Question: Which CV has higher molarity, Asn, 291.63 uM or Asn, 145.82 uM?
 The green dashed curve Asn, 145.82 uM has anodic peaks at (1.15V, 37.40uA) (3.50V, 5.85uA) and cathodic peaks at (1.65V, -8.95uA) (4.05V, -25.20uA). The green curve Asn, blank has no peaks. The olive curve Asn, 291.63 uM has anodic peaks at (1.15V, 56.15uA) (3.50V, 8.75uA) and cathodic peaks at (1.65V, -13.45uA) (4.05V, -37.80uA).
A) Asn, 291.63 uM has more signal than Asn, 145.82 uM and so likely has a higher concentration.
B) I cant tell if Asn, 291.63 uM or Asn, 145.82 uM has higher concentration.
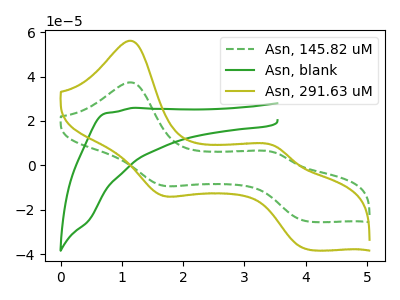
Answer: <think>All the peaks in "Asn, 291.63 uM" have a peak in "Asn, 145.82 uM" at the same potential. Every peak in "Asn, 291.63 uM" is higher than every peak in "Asn, 145.82 uM".
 </think>
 <answer>A) "Asn, 291.63 uM" has more signal than "Asn, 145.82 uM" and so likely has a higher concentration.</answer>
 <eval>A</eval>